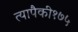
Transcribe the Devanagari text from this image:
त्यापैकी१७५